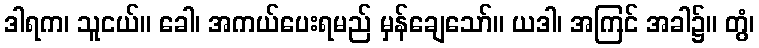
ဒါရက၊ သူငယ်။ ခေါ၊ အကယ်ပေးရမည် မှန်ချေသော်။ ယဒါ၊ အကြင် အခါ၌။ တွံ၊